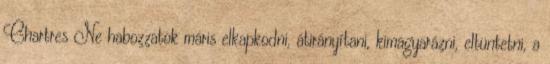
Chartres Ne habozzatok máris elkapkodni, átirányítani, kimagyarázni, eltüntetni, a